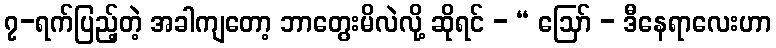
၇-ရက်ပြည့်တဲ့ အခါကျတော့ ဘာတွေးမိလဲလို့ ဆိုရင် - “ ဩော် - ဒီနေရာလေးဟာ